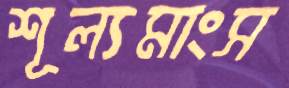
শূল্যমাংস